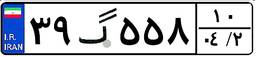
۳۹گ۵۵۸۱۰